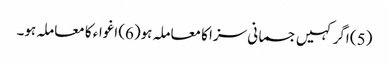
(5) اگر کہیں جسمانی سزا کا معاملہ ہو(6) اغواء کا معاملہ ہو۔